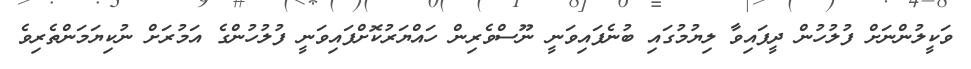
ވަކީލުންނަށް ފުލުހުން ދީފައިވާ ލިޔުމުގައި ބުނެފައިވަނީ ނޫސްވެރިން ހައްޔަރުކޮށްފައިވަނީ ފުލުހުންގެ އަމުރަށް ނުކިޔަމަންތެރިވެ